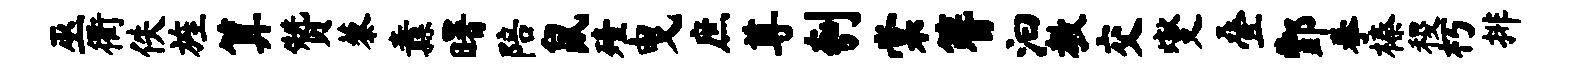
巫衢佚旌算赞藜纛曙陪鼠殪曳庶尊刳棠簪汩教交燮叠酆拳榛稷朽排